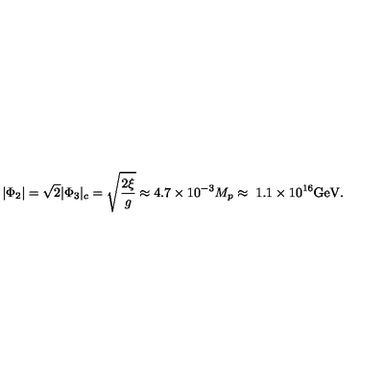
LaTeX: | \Phi _ { 2 } | = \sqrt 2 | \Phi _ { 3 } | _ { c } = \sqrt { \frac { 2 \xi } { g } } \approx 4 . 7 \times 1 0 ^ { - 3 } M _ { p } \approx \ 1 . 1 \times 1 0 ^ { 1 6 } \mathrm { G e V } .